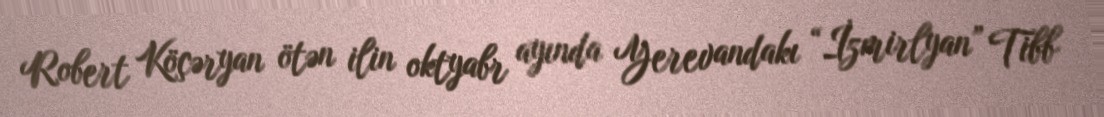
Robert Köçəryan ötən ilin oktyabr ayında Yerevandakı “İzmirlyan” Tibb